Trukikaitis_Postimees, lk 188
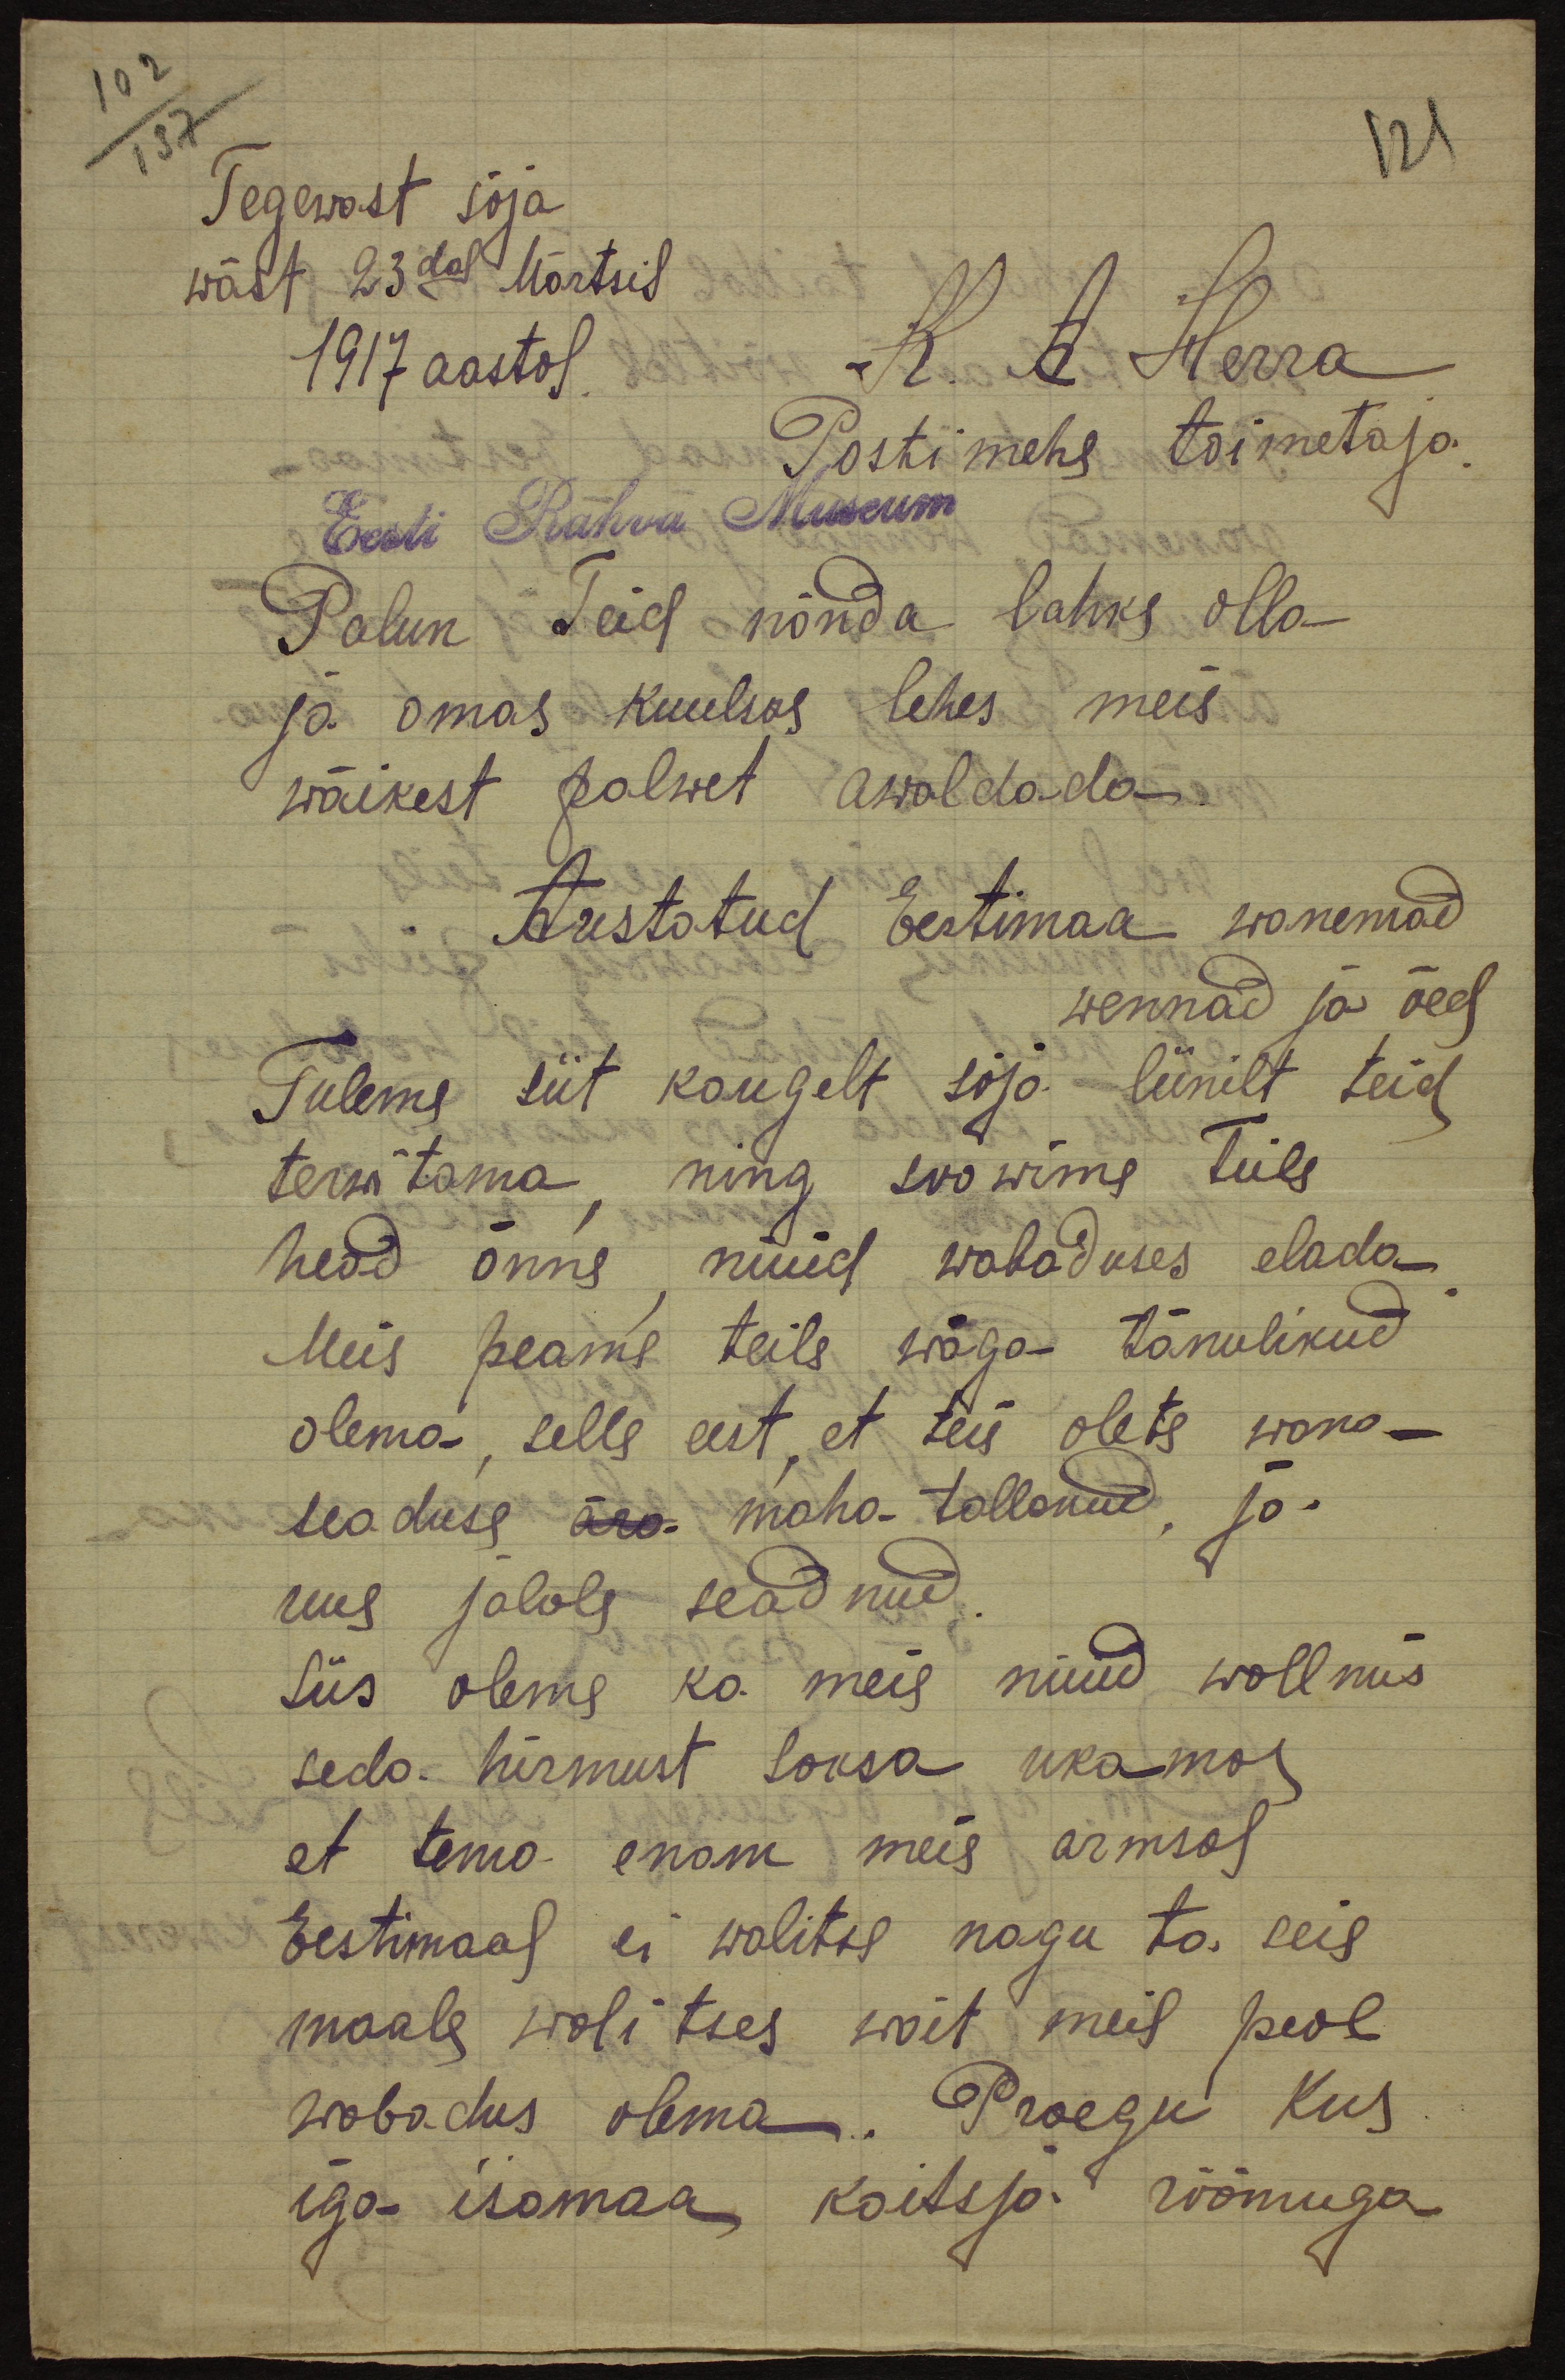
102
137
121
Tegewast sõja
wäst 23dal Märtsil
1917 aastal
K. A. Herra
Postimehe toimetaja
Eesti Rahva Museum
Palun Teil nõnda lahke olla
ja omas kuulsas lehes meie
wäikest palwet awaldada.
Austatud Eestimaa wanemad
wennad ja õed
Tuleme siit kaugelt sõja liinilt teid
terwitama ning soowime Teile
head õnne nüüd wabaduses elada
Meie peame teile wäga tänulikud
olema selle eest, et teie olete wana-
seaduse ära maha-tallanud, ja
uus jalole seadnud.
Siis oleme ka meie nüüd wallmis
seda hirmust saksa ükame
et tema enam meie armsal
Eestimaal ei walitse nagu ta seie
maale walitses wait meil peab
wabadus olema. Praegu kus
iga isamaa kaitsja rõõmuga